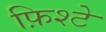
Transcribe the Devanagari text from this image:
फ़िश्टे